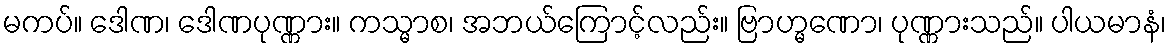
မကပ်။ ဒေါဏ၊ ဒေါဏပုဏ္ဏား။ ကသ္မာစ၊ အဘယ်ကြောင့်လည်း။ ဗြာဟ္မဏော၊ ပုဏ္ဏားသည်။ ပါယမာနံ၊